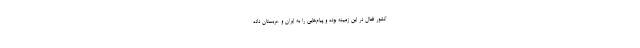
کشور فعال در این زمینه بوده و پیام‌هایی را به ایران و عربستان داده